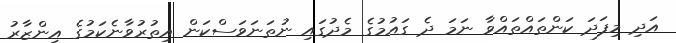
އަދި މިފަދަ ކަންތައްތައްވާ ނަމަ ދެ ގައުމުގެ މެދުގައި ނުތަނަވަސްކަން އިތުރުވާނެކަމުގެ އިންޒާރު